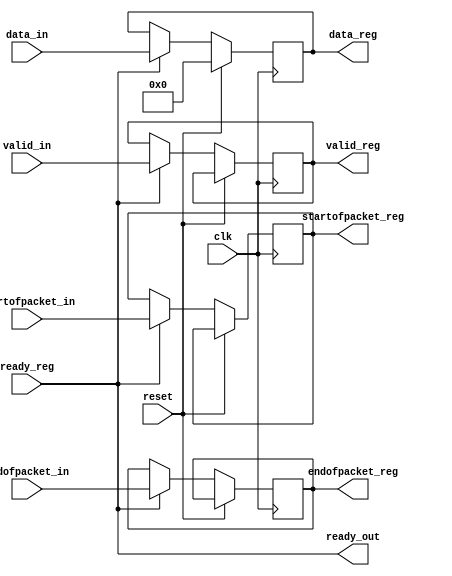
/* PROYECTO CHS 2022/2023
 * Avalon streaming sink interface de la IP de vdeo
 * 
 * Implementacin a partir de los recursos de Intel/Altera:
 * 
 * Altera Corp, "Avalon Interface Specifications. 
 * Ch.6: Avalon Streaming Interfaces: 6.2: Avalon-ST Interface
 * Signals" document ver. 1.2, april 2009
*/

// Seales necesarias extradas de la interfaz del 
// avalon_streaming_source del avalon_pixel_source del 
// video_dma_controller_ip_input, elemento del qsys que nos sirve los
// datos por streaming con un formato determinado.

// Seales necesarias: 
// clk, ready, valid, startofpacket, endofpacket, data[15:0]
// startofpacket y endofpacket indican el principio y fin de un frame?


module avalon_st_sink_interface (
    
    input wire reset,  // reset
    input wire clk,  // reloj
    
    input wire ready_reg,
    output wire ready_out,  // ready, seal del sink al source. Indica si la IP est lista para recibir datos al source anterior.
    
    input wire valid_in,  // valid in
    output reg valid_reg,  // valid reg
    
    input wire [15:0] data_in,  // datos, colores RGB de 16 bits, serie.
    output reg [15:0] data_reg, // datos, registro en la IP
    
    input wire startofpacket_in,  // indicador inicio frame
    input wire endofpacket_in,  // indicador fin frame
    
    output reg startofpacket_reg,  // indicador inicio frame, registro en la IP
    output reg endofpacket_reg  // indicador fin frame, registro en la IP
);



// listo para recibir datos inmediatamente cuando el bloque inferior lo est
assign ready_out = ready_reg;


always @(posedge clk)
begin
    if (reset)  // Si hay un reset: borrar todos los registros
    begin
        data_reg <= 16'd0;
    end
    
    else
    begin
        if (ready_reg)
        begin
            // pasamos el vlido con misma latencia que los datos
            valid_reg <= valid_in;
            
            // transferencias para que sea accesible por la IP
            data_reg <= data_in;
            startofpacket_reg <= startofpacket_in;
            endofpacket_reg <= endofpacket_in;
        end
        // si no est ready: no hacer nada (se mantiene el dato anterior)
    end
end

endmodule